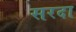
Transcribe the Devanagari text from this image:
सरदा